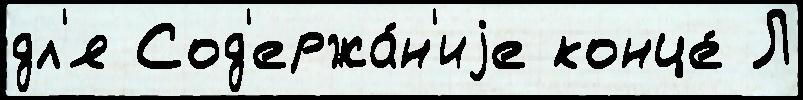
дл'я Сод'ержа́н'иjе конце́ Л